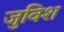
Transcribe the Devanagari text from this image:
जुविश